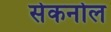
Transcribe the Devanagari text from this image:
सेकनोल